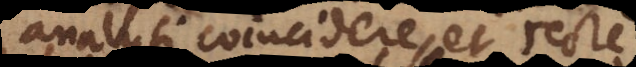
analysi coincidere, et recte